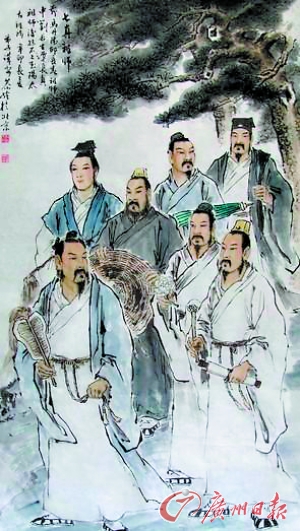
好女之色，恶者之孽也公正之士，众人之痤也修道之人，污邪之贼也。